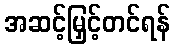
အဆင့်မြှင့်တင်ရန်